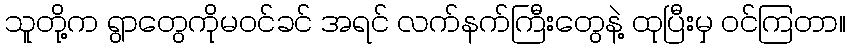
သူတို့က ရွာတွေကိုမဝင်ခင် အရင် လက်နက်ကြီးတွေနဲ့ ထုပြီးမှ ဝင်ကြတာ။